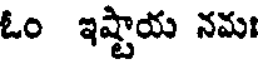
ఓం ఇష్టాయ నమః